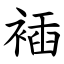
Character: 䙄